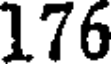
176